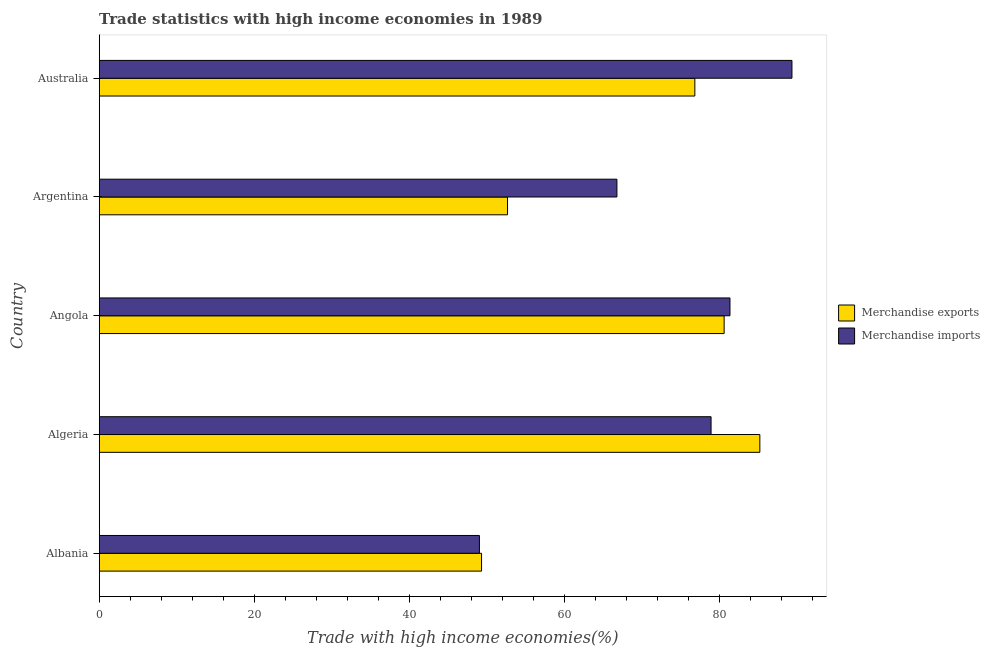
| Country | Merchandise exports | Merchandise imports |
 | --- | --- | --- |
 | Albania | 49.3 | 49 |
 | Algeria | 85.2 | 78.9 |
 | Angola | 80.6 | 81.3 |
 | Argentina | 52.7 | 66.8 |
 | Australia | 76.8 | 89.3 |